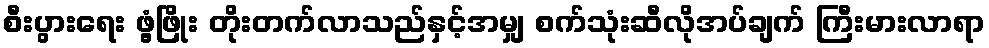
စီးပွားရေး ဖွံ့ဖြိုး တိုးတက်လာသည်နှင့်အမျှ စက်သုံးဆီလိုအပ်ချက် ကြီးမားလာရာ